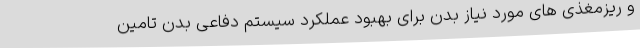
و ریزمغذی های مورد نیاز بدن برای بهبود عملکرد سیستم دفاعی بدن تامین